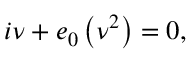
i \nu + e _ { 0 } \left( \nu ^ { 2 } \right) = 0 ,